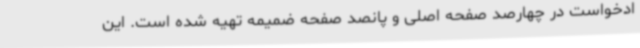
ادخواست در چهارصد صفحه اصلی و پانصد صفحه ضمیمه تهیه شده است‌. این